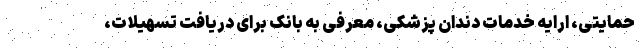
حمایتی، ارایه خدمات دندان پزشکی، معرفی به بانک برای دریافت تسهیلات،